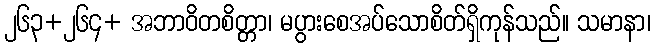
၂၆၃+၂၆၄+ အဘာဝိတစိတ္တာ၊ မပွားစေအပ်သောစိတ်ရှိကုန်သည်။ သမာနာ၊